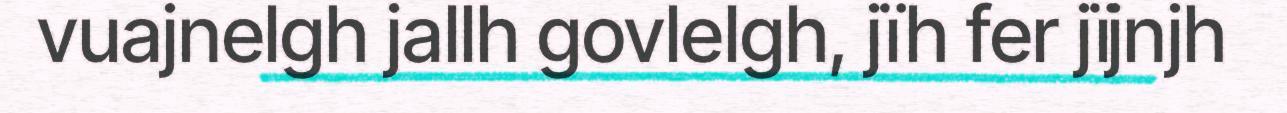
vuajnelgh jallh govlelgh, jïh fer jïjnjh